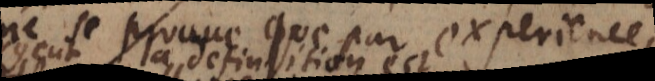
se prouve que par experience,